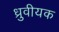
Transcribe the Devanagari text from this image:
ध्रुवीयक